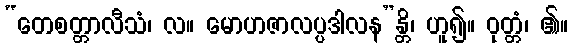
“တေစတ္တာလီသံ၊ လ။ မောဟဇာလပ္ပဒါလန”န္တိ၊ ဟူ၍။ ဝုတ္တံ၊ ၏။